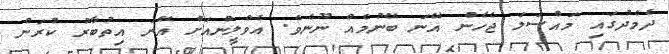
ދެމެދުގައި މައްސަލަ ޖެހެން އޭނަ ބޭނުމެއް ނޫނެވެ. އެވްލީންއަށް އޭނަ އިތުބާރު ކުރަން